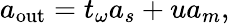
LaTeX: a_{\mathrm{out}}=t_{\omega}a_{s}+ua_{m},